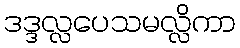
ဒဒ္ဒလ္လပေသမလ္လိကာ